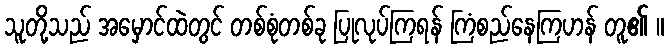
သူတို့သည် အမှောင်ထဲတွင် တစ်စုံတစ်ခု ပြုလုပ်ကြရန် ကြံစည်နေကြဟန် တူ၏ ။